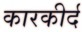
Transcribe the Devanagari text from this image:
कारकीर्द